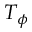
T _ { \phi }